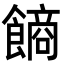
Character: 𩝾